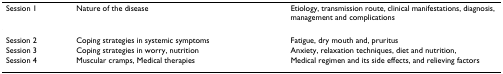
<table><thead><tr><td><b>Session 1</b></td><td><b>Nature of the disease</b></td><td><b>Etiology, transmission route, clinical manifestations, diagnosis, management and complications</b></td></tr></thead><tbody><tr><td>Session 2</td><td>Coping strategies in systemic symptoms</td><td>Fatigue, dry mouth and, pruritus</td></tr><tr><td>Session 3</td><td>Coping strategies in worry, nutrition</td><td>Anxiety, relaxation techniques, diet and nutrition,</td></tr><tr><td>Session 4</td><td>Muscular cramps, Medical therapies</td><td>Medical regimen and its side effects, and relieving factors</td></tr></tbody></table>